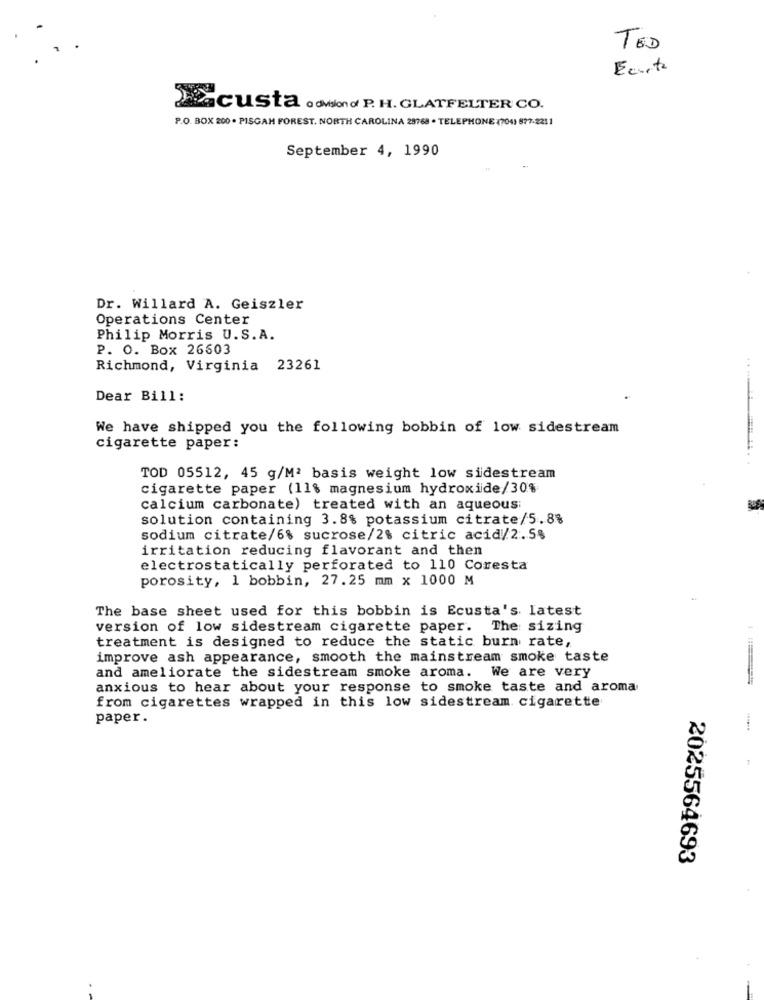
TED
Ecurta
Pacusta . division of P. H. GLATFELTER CO.
P.O. BOX 200 . PISGAH FOREST. NORTH CAROLINA 25768 . TELEPHONE (704) 877-2211
September 4, 1990
Dr. Willard A. Geiszler
Operations Center
Philip Morris U.S.A.
P. O. Box 26603
Richmond, Virginia 23261
Dear Bill:
We have shipped you the following bobbin of low sidestream
cigarette paper:
TOD 05512, 45 g/M2 basis weight low sidestream
cigarette paper (11% magnesium hydroxide/30%
calcium carbonate) treated with an aqueous:
solution containing 3.8% potassium citrate/5.8%
sodium citrate/6% sucrose/2% citric acid/2.5%
irritation reducing flavorant and then
electrostatically perforated to 110 Coresta
porosity, 1 bobbin, 27.25 mm x 1000 M
The base sheet used for this bobbin is Ecusta's latest
version of low sidestream cigarette paper. The sizing
treatment is designed to reduce the static burn rate,
improve ash appearance, smooth the mainstream smoke taste
and ameliorate the sidestream smoke aroma. We are very
anxious to hear about your response to smoke taste and aroma
from cigarettes wrapped in this low sidestream cigarette
paper.
2025564693